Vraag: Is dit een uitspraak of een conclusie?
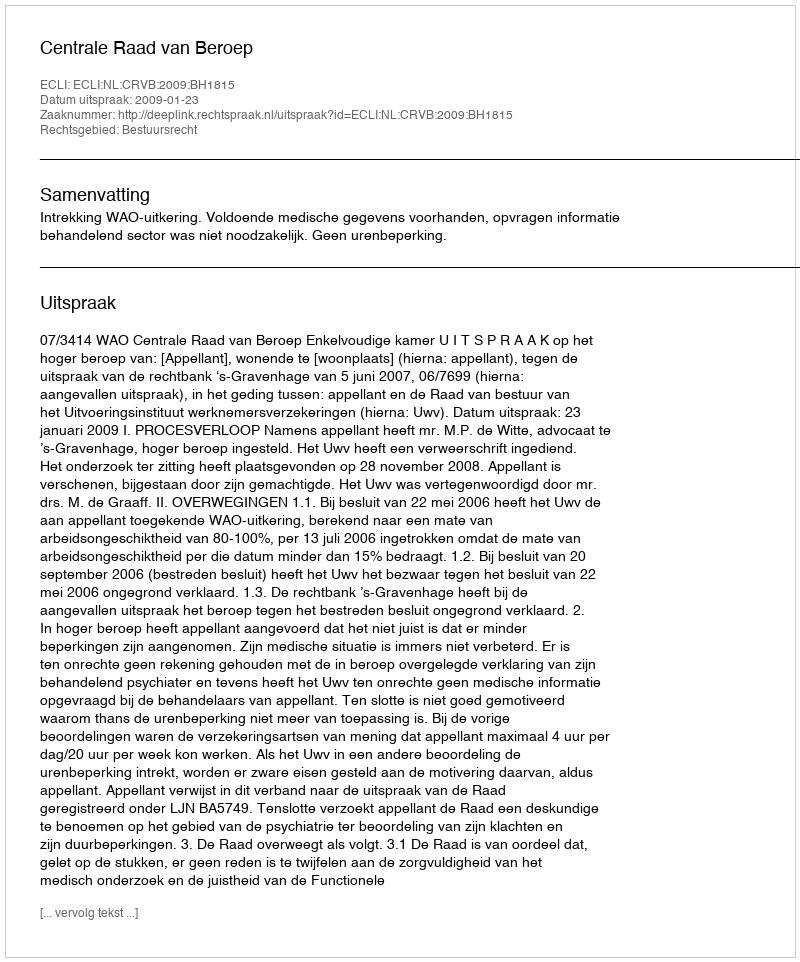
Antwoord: Uitspraak